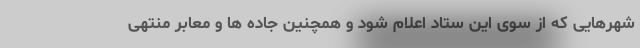
شهرهایی که از سوی این ستاد اعلام شود و همچنین جاده ها و معابر منتهی